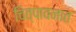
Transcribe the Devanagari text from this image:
चित्पावनात